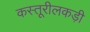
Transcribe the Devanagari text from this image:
कस्तूरीलकड़ी